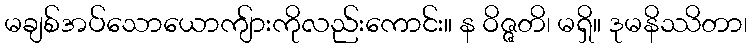
မချစ်အပ်သောယောကျ်ားကိုလည်းကောင်း။ န ဝိဇ္ဇတိ၊ မရှိ။ ဒုမနိဿိတာ၊